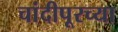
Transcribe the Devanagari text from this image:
चांदीपूरच्या